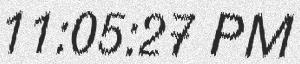
11:05:27 PM